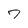
Character: 7